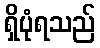
ရှိပုံရသည်